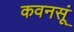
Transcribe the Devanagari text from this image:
कवनसूं